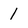
Character: 1